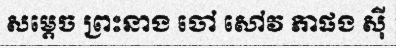
សម្តេច ព្រះនាង ចៅ សៅវ ភាផង ស៊ី